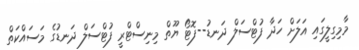
މާމިގިލީގައި އަލަށް ހަދާ ފުޓްސަލް ދަނޑު--ފޮޓޯ ޔޫތް މިނިސްޓްރީ ފުޓްސަލް ދަނޑުގެ މަސައްކަތް